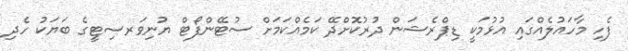
ފެހި މާހައުލެއްގައި އުޅުމަކީ ޑިޕްރެޝަން ދުރުކޮށްދޭ ކަމެއްކަމަށް ސުޓޭންފޯޓް ޔުނިވަރސިޓީގެ ބަޔަކު ހެދި